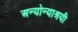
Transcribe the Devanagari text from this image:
अन्योन्याश्रयी